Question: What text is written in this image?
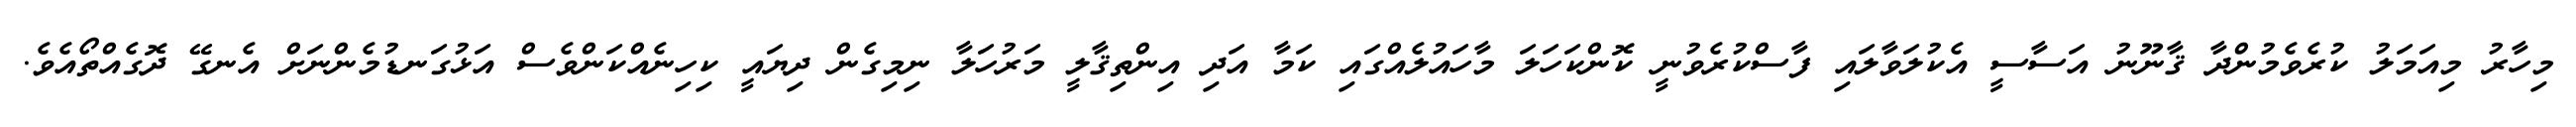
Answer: މިހާރު މިއަމަލު ކުރެވެމުންދާ ޤާނޫނު އަސާސީ އެކުލަވާލައި ފާސްކުރެވުނީ ކޮންކަހަލަ މާހައުލެއްގައި ކަމާ އަދި އިންތިޤާލީ މަރުހަލާ ނިމިގެން ދިޔައީ ކިހިނެއްކަންވެސް އަޅުގަނޑުމެންނަށް އެނގޭ ދޮގެއްތޯއެވެ.